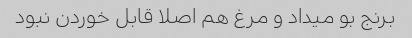
برنج بو میداد و مرغ هم اصلا قابل خوردن نبود